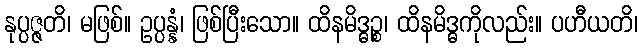
နုပ္ပဇ္ဇတိ၊ မဖြစ်။ ဥပ္ပန္နံ၊ ဖြစ်ပြီးသော။ ထိနမိဒ္ဓဉ္စ၊ ထိနမိဒ္ဓကိုလည်း။ ပဟီယတိ၊